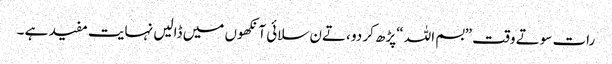
رات سوتے وقت ”بسم اللہ “پڑھ کر دو ،تےن سلائی آنکھوں میں ڈالیں نہایت مفید ہے ۔